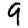
Digit: 9